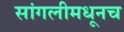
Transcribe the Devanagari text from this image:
सांगलीमधूनच